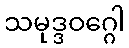
သမုဒ္ဒဝဂ္ဂေါ